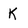
Character: K